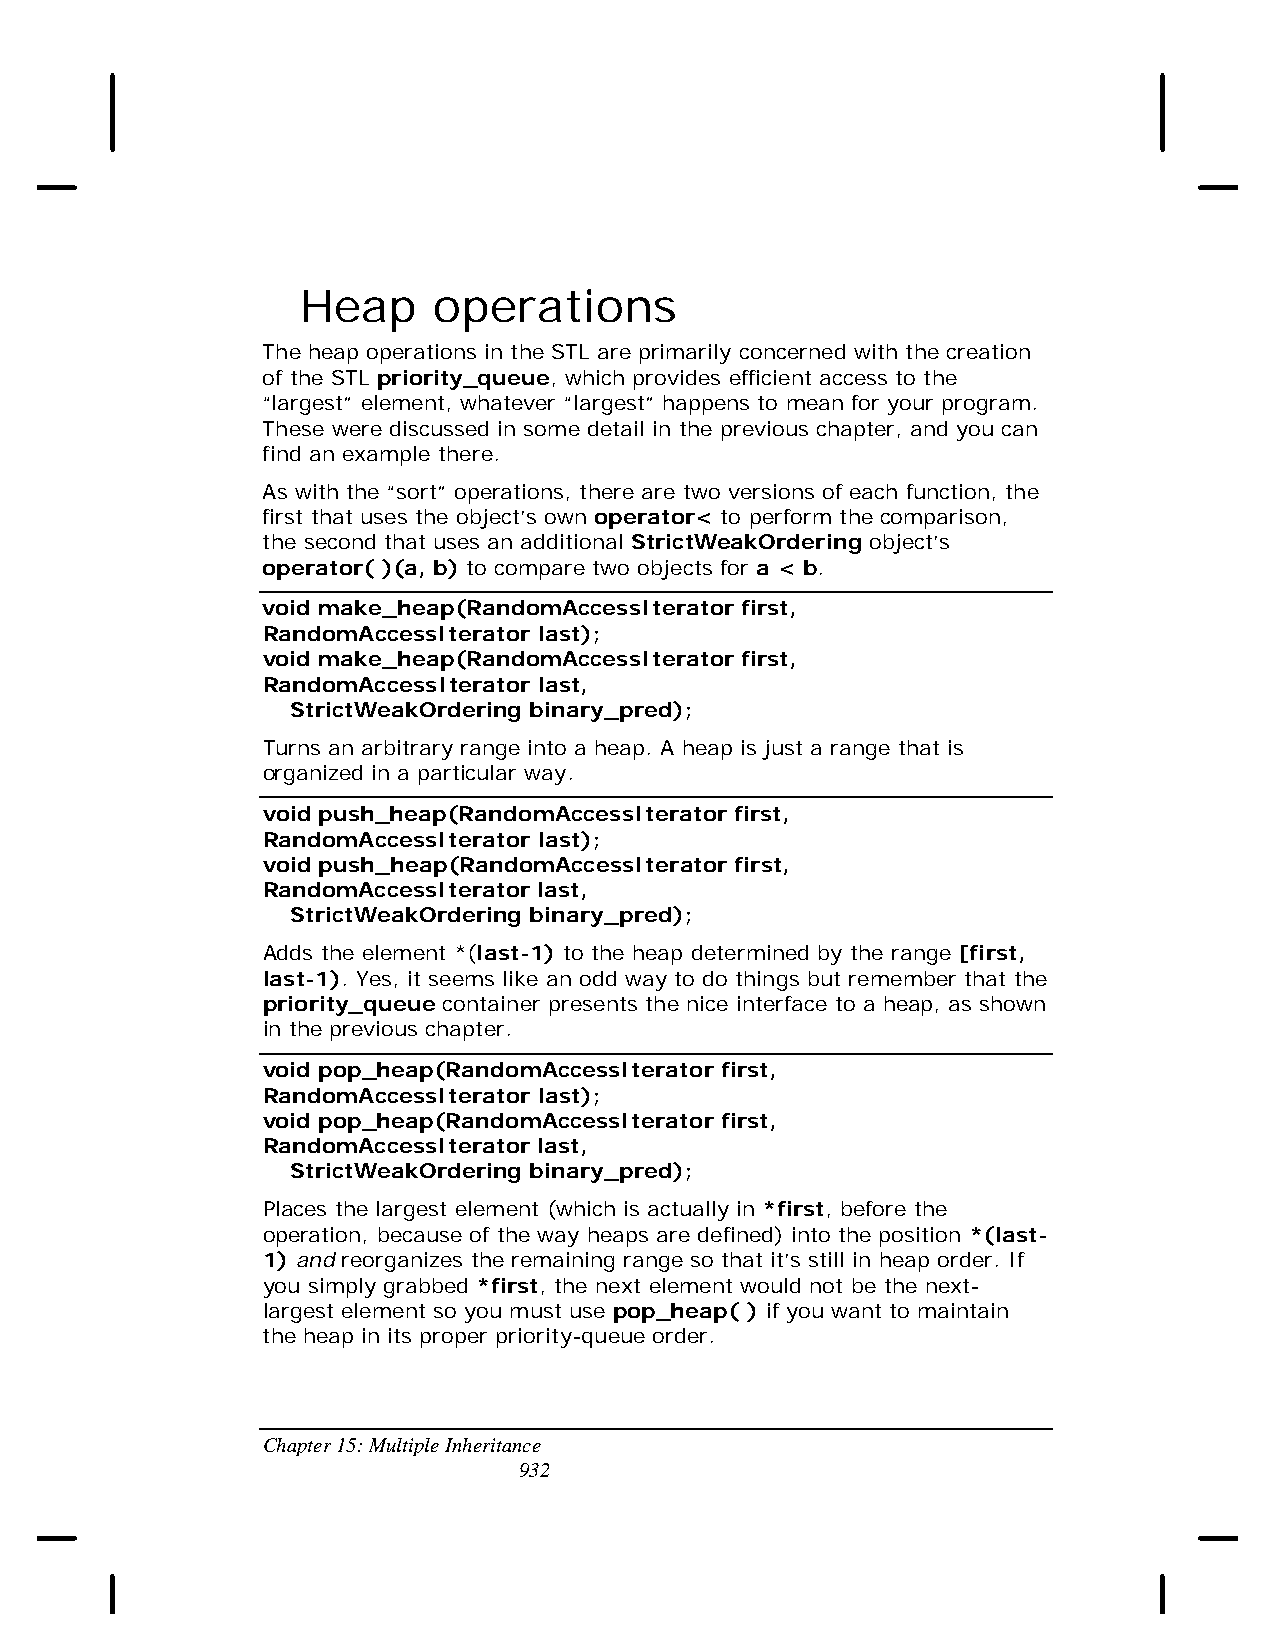
Heap     operations
 The heap operations in the STL are primarily concerned with the creation
 of the STL priority_queue, which provides efficient access to the
 “largest” element, whatever “largest” happens to mean for your program.
 These were discussed in some detail in the previous chapter, and you can
 find an example there.
 As with the “sort” operations, there are two versions of each function, the
 first that uses the object’s own operator< to perform the comparison,
 the second that uses an additional StrictWeakOrdering object’s
 operator( )(a, b) to compare two objects for a < b.
 void make_heap(RandomAccessIterator first,
 RandomAccessIterator last);
 void make_heap(RandomAccessIterator first,
 RandomAccessIterator last,
 StrictWeakOrdering binary_pred);
 Turns an arbitrary range into a heap. A heap is just a range that is
 organized in a particular way.
 void push_heap(RandomAccessIterator first,
 RandomAccessIterator last);
 void push_heap(RandomAccessIterator first,
 RandomAccessIterator last,
 StrictWeakOrdering binary_pred);
 Adds the element *(last-1) to the heap determined by the range [first,
 last-1). Yes, it seems like an odd way to do things but remember that the
 priority_queue container presents the nice interface to a heap, as shown
 in the previous chapter.
 void pop_heap(RandomAccessIterator first,
 RandomAccessIterator last);
 void pop_heap(RandomAccessIterator first,
 RandomAccessIterator last,
 StrictWeakOrdering binary_pred);
 Places the largest element (which is actually in *first, before the
 operation, because of the way heaps are defined) into the position *(last-
 1) and reorganizes the remaining range so that it’s still in heap order. If
 you simply grabbed *first, the next element would not be the next-
 largest element so you must use pop_heap( ) if you want to maintain
 the heap in its proper priority-queue order.
 Chapter 15: Multiple Inheritance
 932